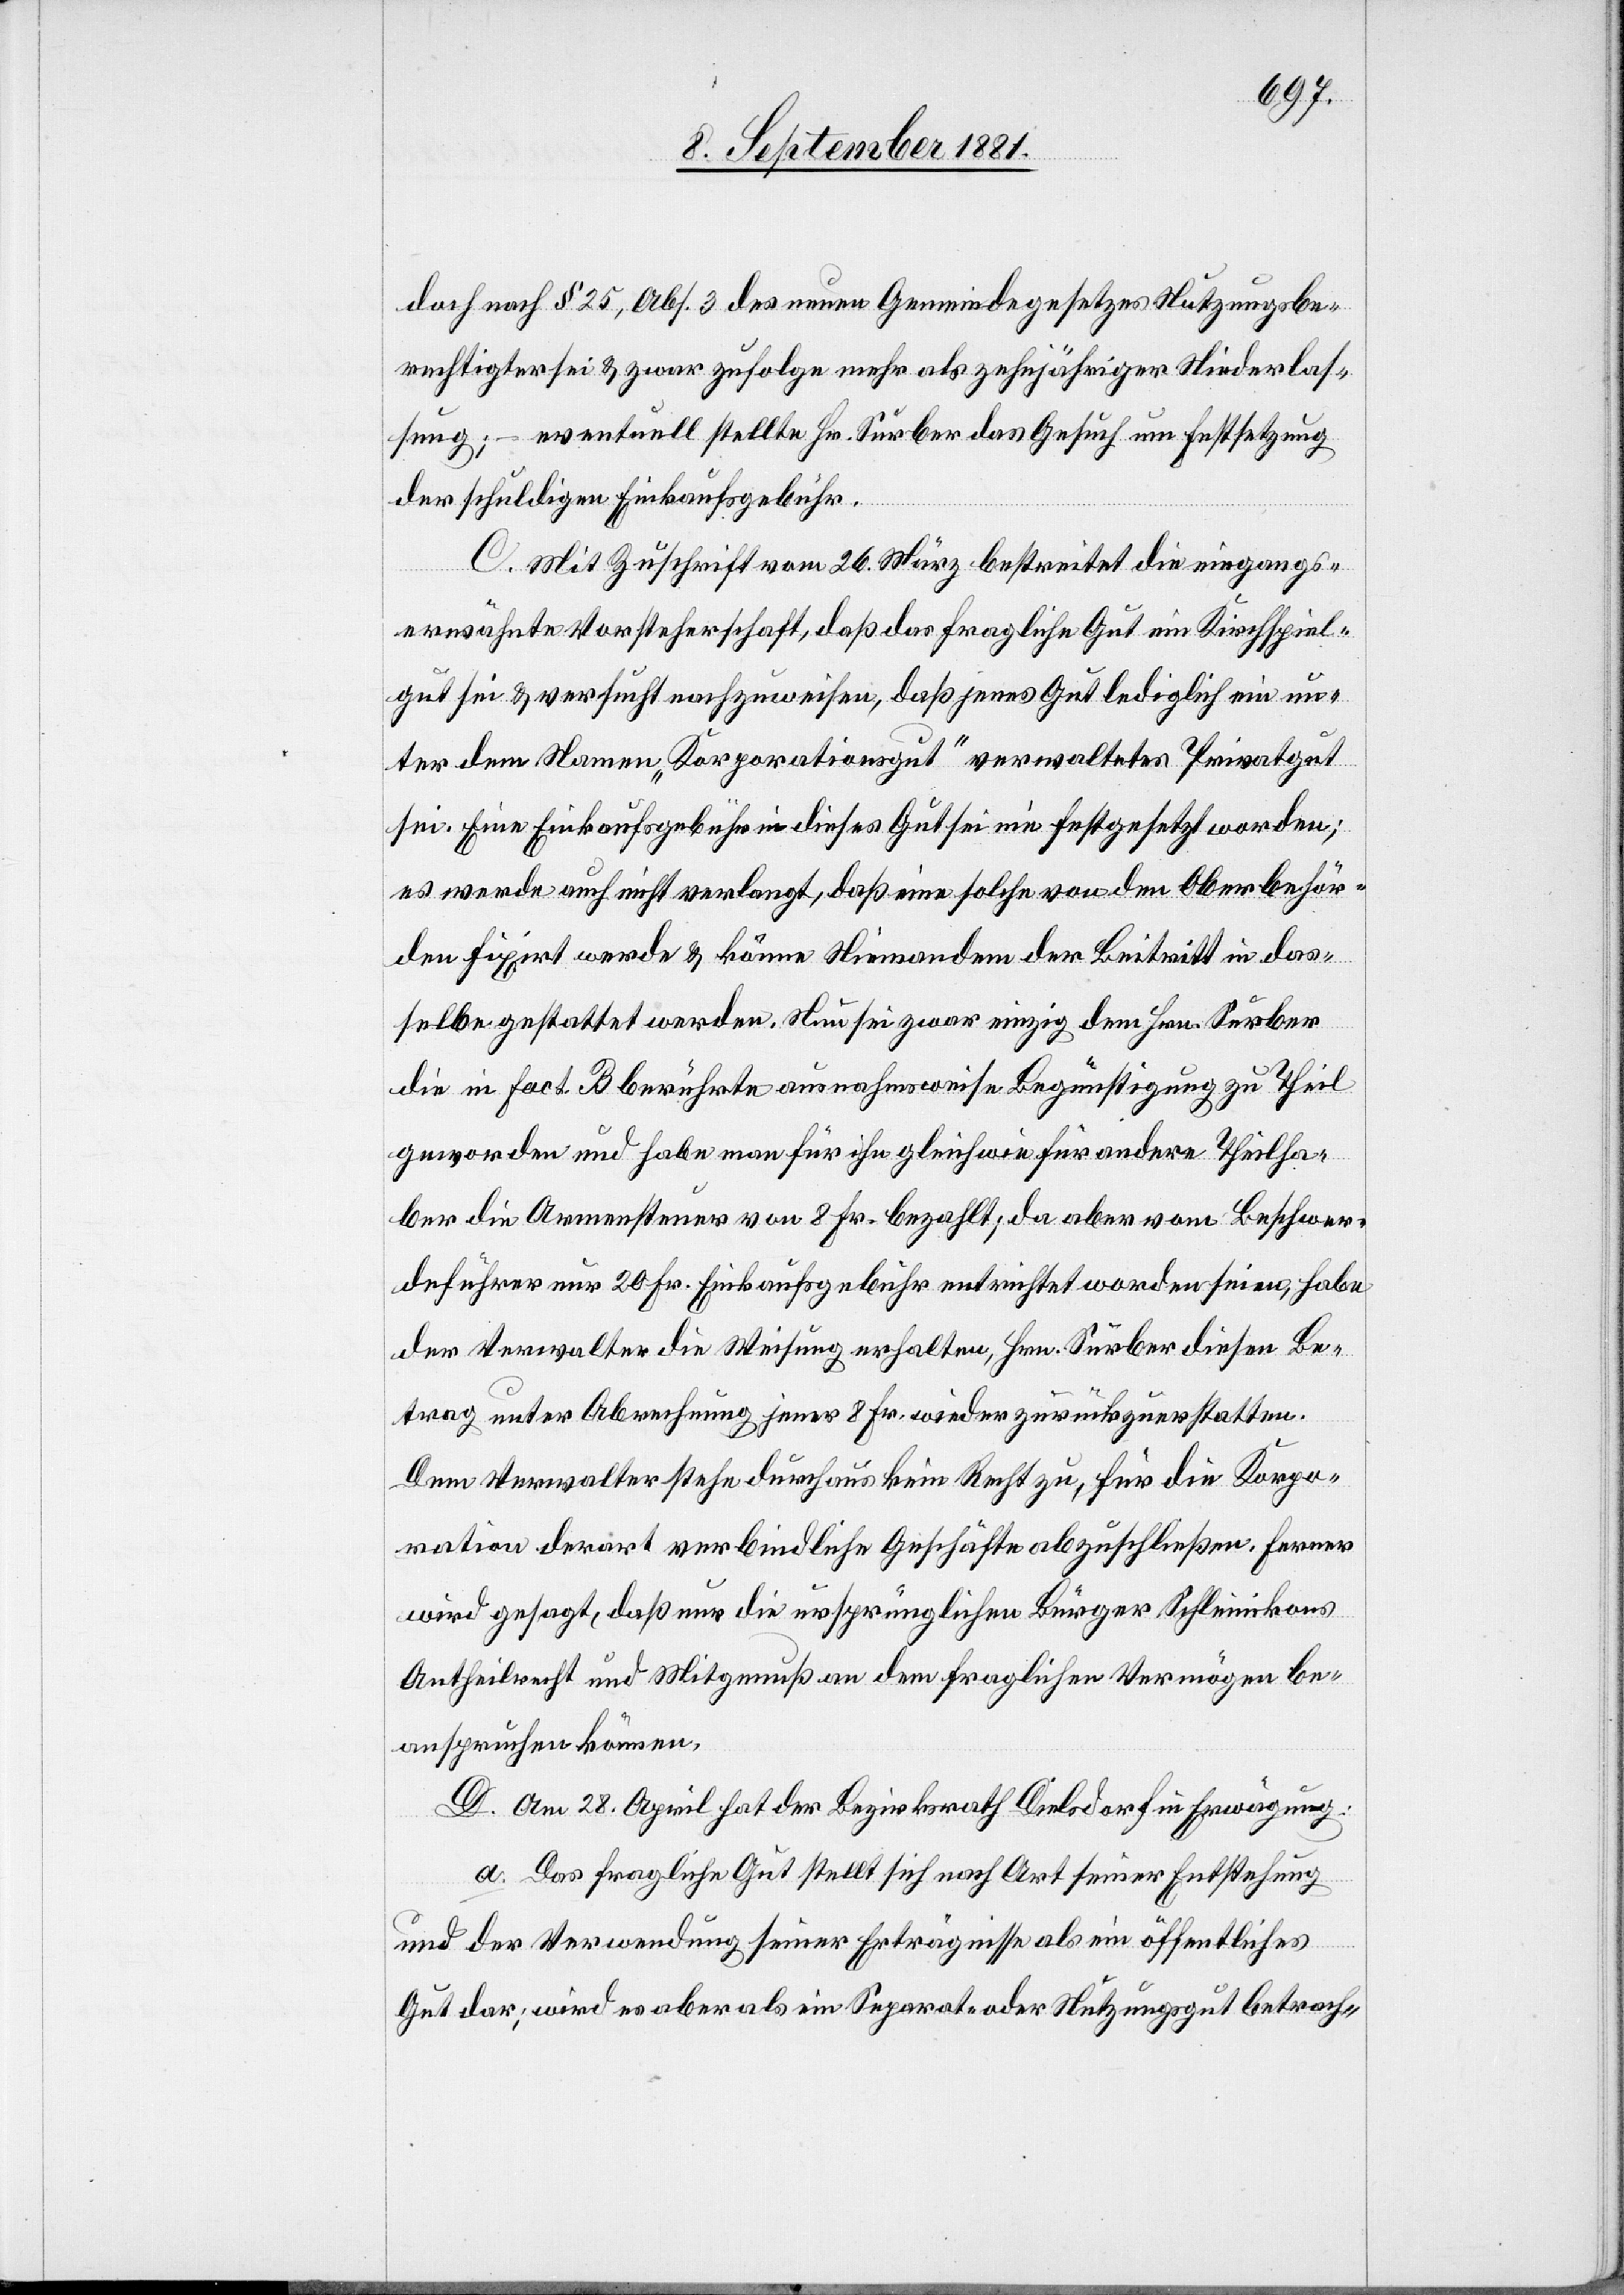
doch nach § 25, Abs. 3 des neuen Gemeindegesetzes Nutzungsbe¬
rechtigter sei & zwar zufolge mehr als zehnjähriger Niederlas¬
sung; – eventuell stellte Hr. Surber das Gesuch um Festsetzung
der schuldigen Einkaufsgebühr.
C. Mit Zuschrift vom 26. März bestreitet die eingangs¬
erwähnte Vorsteherschaft, daß das fragliche Gut ein Kirchspiel¬
gut sei & versucht nachzuweisen, daß jenes Gut lediglich ein un¬
ter dem Namen „Korporationsgut“ verwaltetes Privatgut
sei. Eine Einkaufsgebühr in dieses Gut sei nie festgesetzt worden;
es werde auch nicht verlangt, daß eine solche von den Oberbehör¬
den fixirt werde & könne Niemandem der Beitritt in das
selbe gestattet werden. Nun sei zwar einzig dem Hrn. Surber
die in fact. B berührte ausnahmsweise Begünstigung zu Theil
geworden und habe man für ihn gleich wie für andere Theilha¬
ber die Armensteuer von 8 Fr. bezahlt,; da aber vom Beschwer¬
deführer nur 20 Fr. Einkaufsgebühr entrichtet worden seien, habe
der Verwalter die Weisung erhalten, Hrn. Surber diesen Be¬
trag unter Abrechnung jener 8 Fr. wieder zurückzuerstatten.
Dem Verwalter stehe durchaus kein Recht zu, für die Korpo¬
ration derart verbindliche Geschäfte abzuschließen. Ferner
wird gesagt, daß nur die ursprünglichen Bürger Schleinikons
Antheilrecht und Mitgenuß an dem fraglichen Vermögen be¬
anspruchen können.
D. Am 28. April hat der Bezirksrath Dielsdorf in Erwägung:
a. Das fragliche Gut stellt sich nach Art seiner Entstehung
und der Verwendung seiner Erträgnisse als ein öffentliches
Gut dar; wird es aber als ein Separat- oder Nutzungsgut betrach-